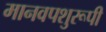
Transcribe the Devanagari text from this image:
मानवपशुरूपी